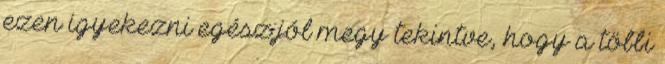
ezen igyekezni egész jól megy tekintve, hogy a többi